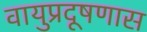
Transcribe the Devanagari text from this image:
वायुप्रदूषणास